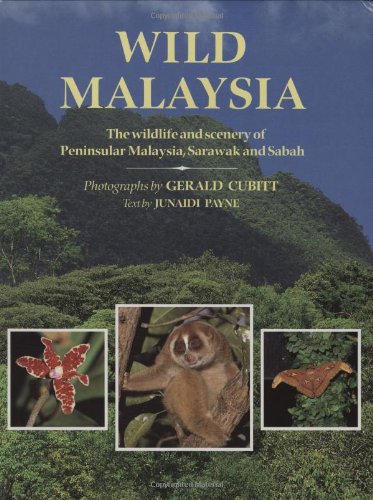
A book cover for Wild Malaysia: The Wildlife and Scenery of Peninsular Malaysia, Sarawak, and Sabah; Junaidi Payne; Travel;